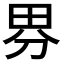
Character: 𭻃